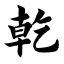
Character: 乾